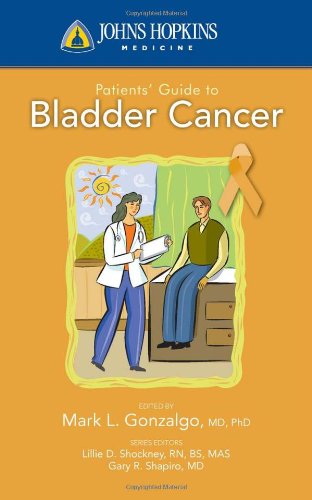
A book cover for Johns Hopkins Patients' Guide To Bladder Cancer (Johns Hopkins Medicine); Mark L. Gonzalgo (Editor); Health, Fitness & Dieting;